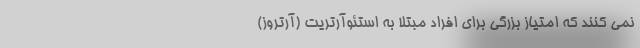
نمی کنند که امتیاز بزرگی برای افراد مبتلا به استئوآرتریت (آرتروز)